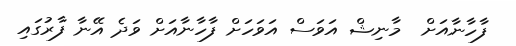
ފާހާނާއަށް  މާނިޝް އަވަސް އަވަހަށް ފާހާނާއަށް ވަދެ އޭނާ ފާރުގައި